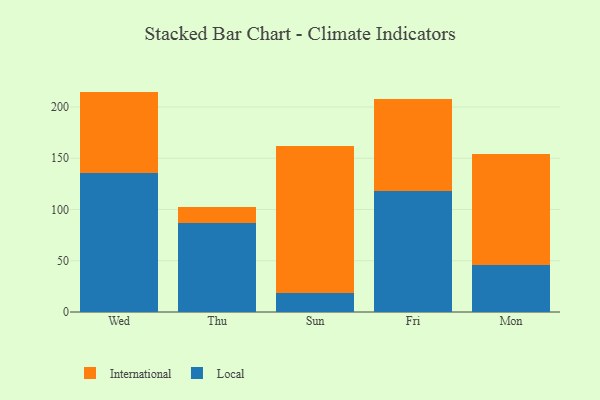
{"axis": {"x": "Day", "y": "Shipments"}, "legend": ["International", "Local"], "data": [{"x": "Wed", "y": 135.5, "type": "Local"}, {"x": "Wed", "y": 79.5, "type": "International"}, {"x": "Thu", "y": 87.3, "type": "Local"}, {"x": "Thu", "y": 14.8, "type": "International"}, {"x": "Sun", "y": 18.2, "type": "Local"}, {"x": "Sun", "y": 143.3, "type": "International"}, {"x": "Fri", "y": 118.5, "type": "Local"}, {"x": "Fri", "y": 89.2, "type": "International"}, {"x": "Mon", "y": 45.7, "type": "Local"}, {"x": "Mon", "y": 108.9, "type": "International"}]}